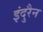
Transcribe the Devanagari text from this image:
इंदुरैन